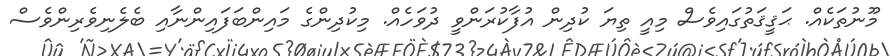
މޫނުތަކެއް. ޙަޤީޤަތުގައިވެސް މިއީ ތިޔަ ކުދިން އުފާކުރަންވީ ދުވަހެއް. މިކުދިންގެ މައިންބަފައިންނާއި ބެލެނިވެރިންވެސް